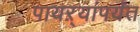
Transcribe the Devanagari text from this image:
पायऱ्यांपर्यंत